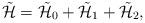
LaTeX: \begin{align*}\tilde{\cal H} = \tilde{\cal H}_0 + \tilde{\cal H}_1+ \tilde{\cal H}_2,\end{align*}